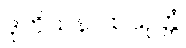
ဒုတိယနာထသုတ္တံ